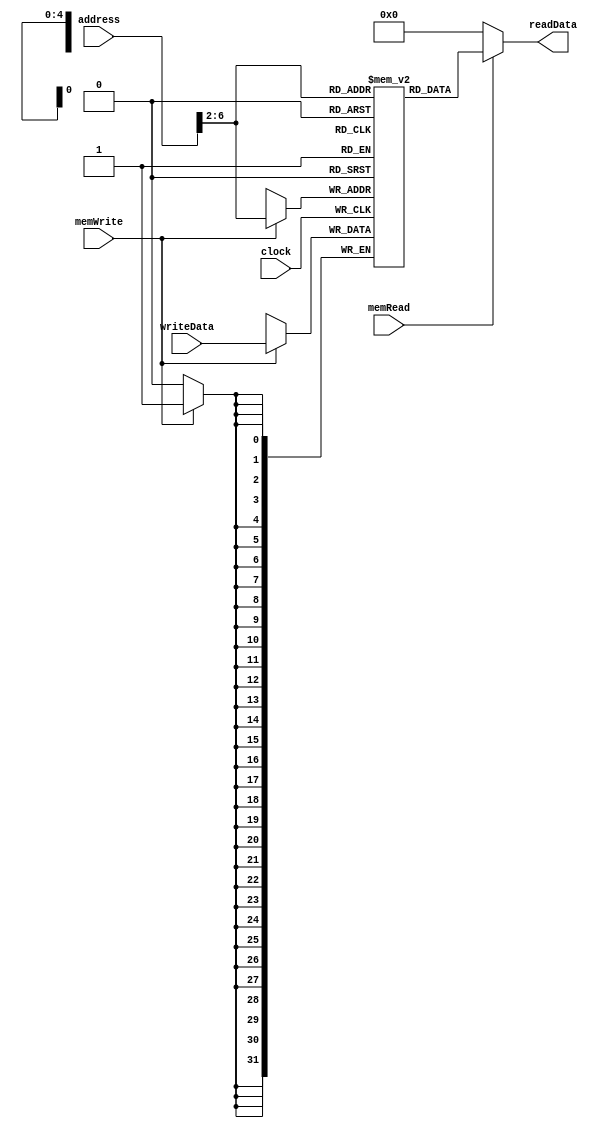
`ifndef __VE370__DATA__MEMORY__
`define __VE370__DATA__MEMORY__
module DMemory(
    input clock, memRead, memWrite,
    input [31:0] address, writeData,
    output [31:0] readData
);
parameter size=32;
wire [31:0] memoryIndex;
integer i;
assign memoryIndex = address >> 2;

reg [31:0] memory [0:size-1];

initial begin
    for (i = 0; i < size; i = i + 1) begin
        memory[i] = 32'b0;
    end
end

always @(posedge clock) begin
    if (memWrite == 1'b1) begin
        memory[memoryIndex] = writeData;
    end
end

assign readData = (memRead == 1'b1) ? memory[memoryIndex] : 32'b0;

endmodule 
`endif